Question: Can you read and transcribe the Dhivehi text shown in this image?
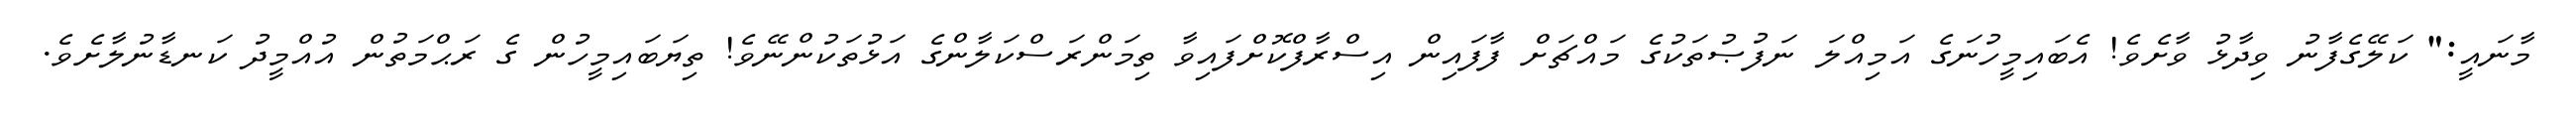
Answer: މާނައީ:" ކަލޭގެފާނު ވިދާޅު ވާށެވެ! އެބައިމީހުނަގެ އަމިއްލަ ނަފުޞުތަކުގެ މައްޗަށް ފާފައިން އިސްރާފްކޮށްފައިވާ ތިމަންރަސްކަލާންގެ އަޅުތަކުންނޭވެ! ތިޔަބައިމީހުން ގެ ރަޙްމަތުން އުއްމީދު ކަނޑާނުލާށެވެ.